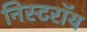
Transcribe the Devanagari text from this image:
निस्टरॉय